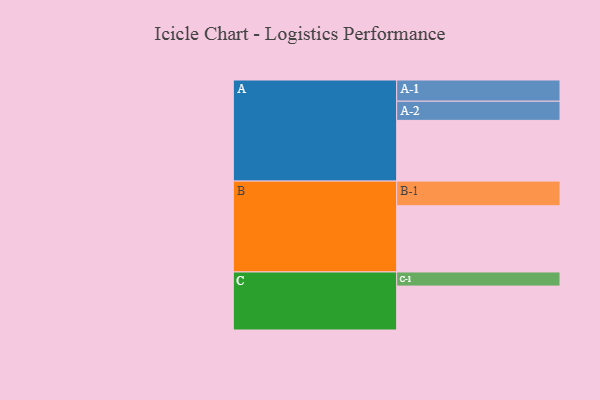
{"axis": {"x": "Segment", "y": "Value"}, "legend": ["", "A", "B", "C"], "data": [{"x": "A", "y": 444, "type": ""}, {"x": "B", "y": 484, "type": ""}, {"x": "C", "y": 321, "type": ""}, {"x": "A-1", "y": 155, "type": "A"}, {"x": "A-2", "y": 140, "type": "A"}, {"x": "B-1", "y": 180, "type": "B"}, {"x": "C-1", "y": 103, "type": "C"}]}